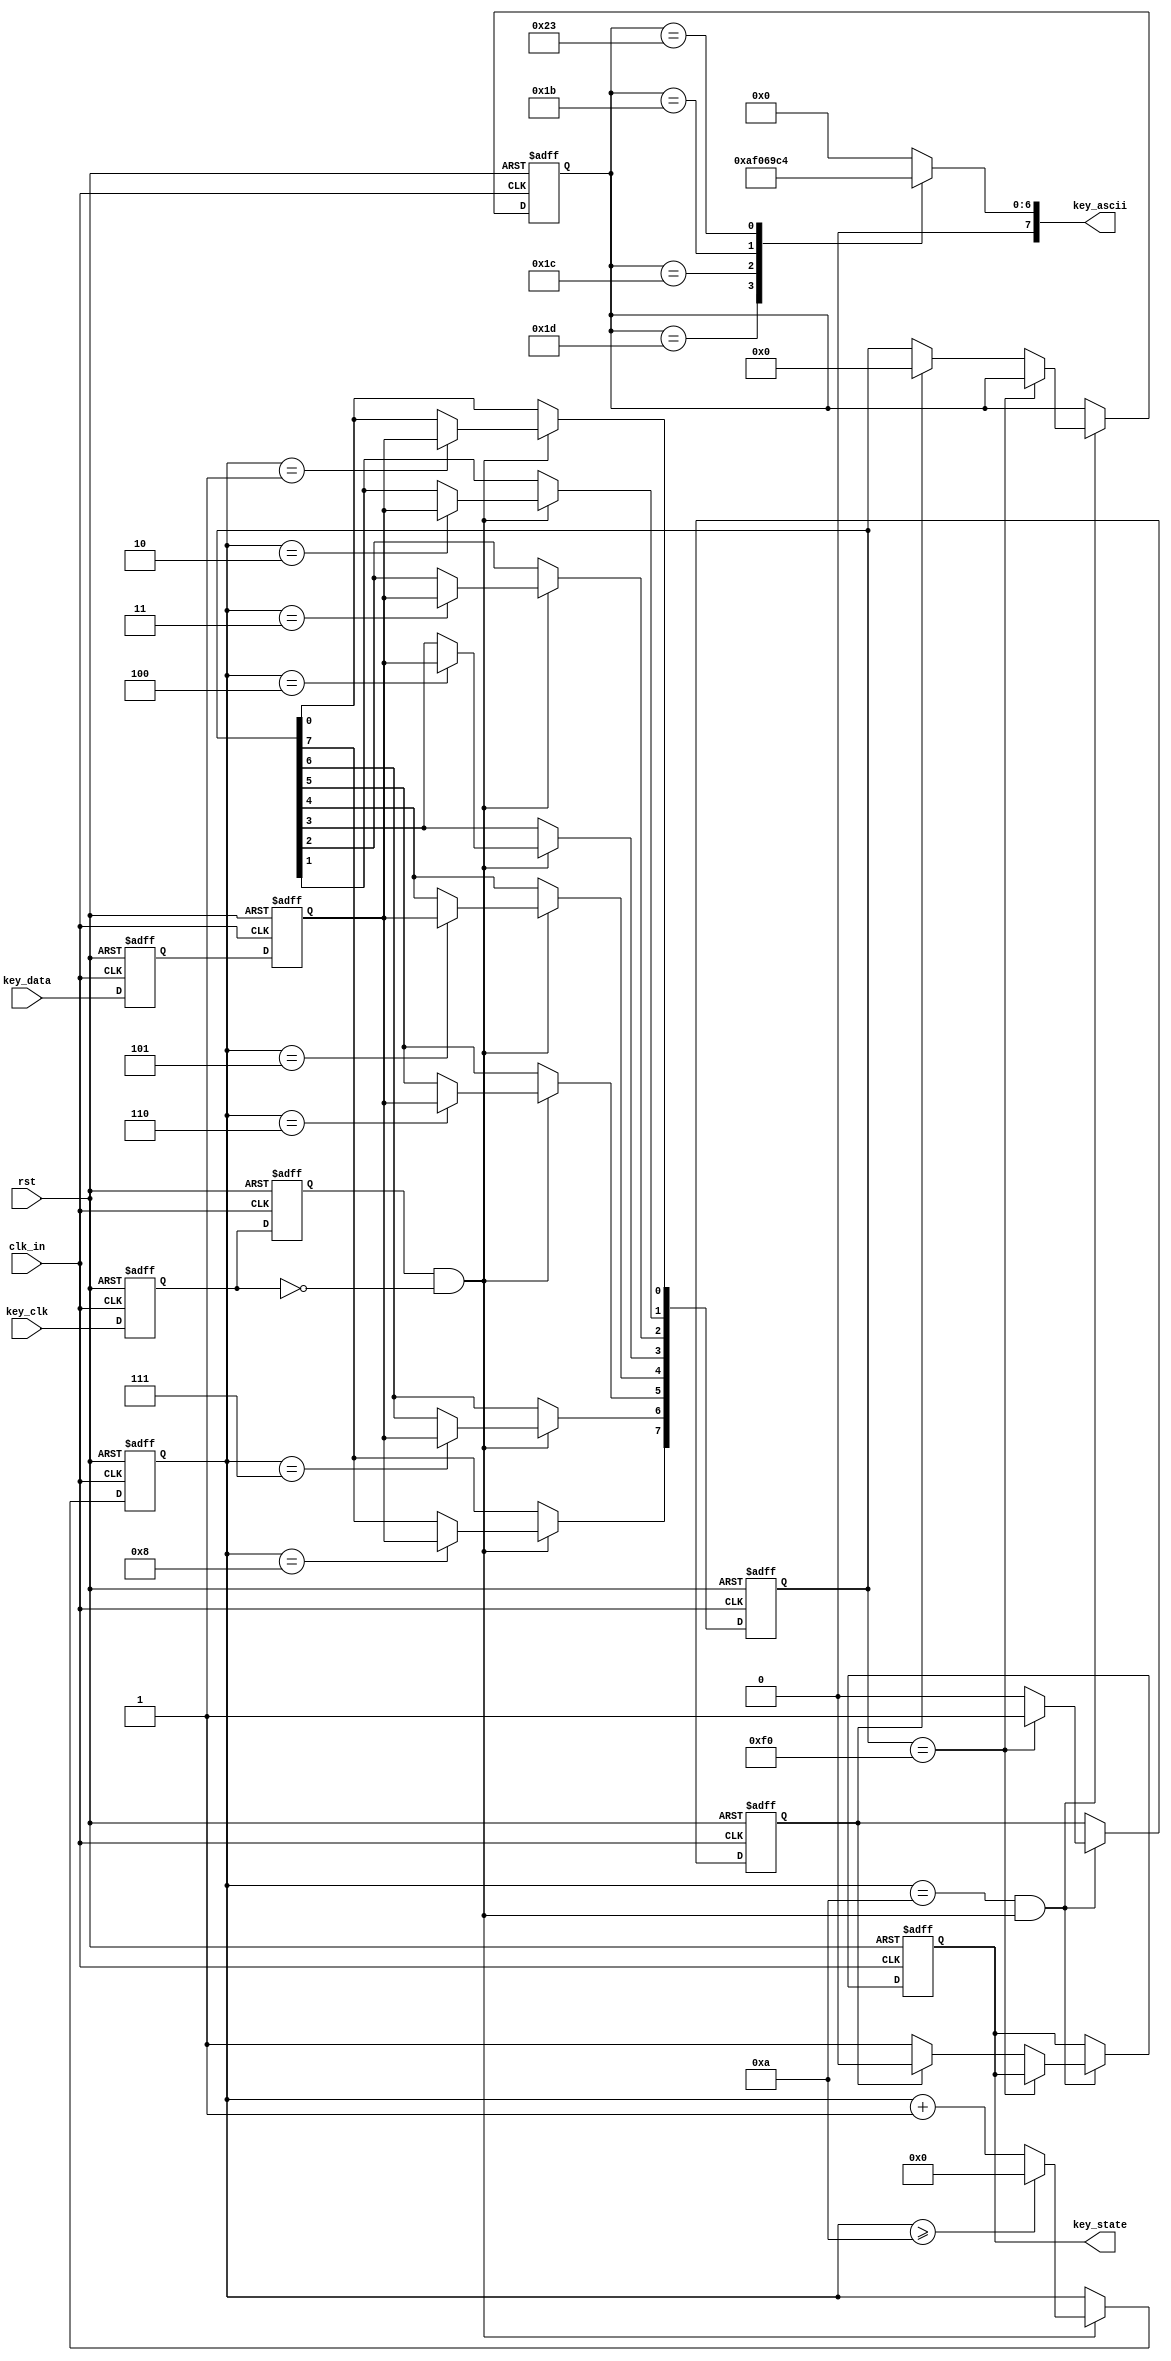
`timescale 1ns / 1ps
//////////////////////////////////////////////////////////////////////////////////
// Company: 
// Engineer: 
// 
// Design Name: 
// Module Name: Keyboard
// Project Name: 
// Target Devices: 
// Tool Versions: 
// Description: 
// 
// Dependencies: 
// 
// Revision:
// Revision 0.01 - File Created
// Additional Comments:
// 
//////////////////////////////////////////////////////////////////////////////////


module Keyboard//ASCII
(
    input					clk_in,				//
    input					rst,			    //
    input					key_clk,			//PS2
    input					key_data,			//PS2
    output	reg				key_state,			//10
    output	reg		[7:0]	key_ascii			//ASCII
);

reg		key_clk_r0 = 1'b1, key_clk_r1 = 1'b1; 
reg		key_data_r0 = 1'b1,key_data_r1 = 1'b1;
//
always @ (posedge clk_in or negedge rst) begin
	if(!rst) begin
		key_clk_r0 <= 1'b1;
		key_clk_r1 <= 1'b1;
		key_data_r0 <= 1'b1;
		key_data_r1 <= 1'b1;
	end else begin
		key_clk_r0 <= key_clk;
		key_clk_r1 <= key_clk_r0;
		key_data_r0 <= key_data;
		key_data_r1 <= key_data_r0;
	end
end
 
//
wire	key_clk_neg = key_clk_r1 & (~key_clk_r0); 
 
reg				[3:0]	cnt; 
reg				[7:0]	temp_data;
//
always @ (posedge clk_in or negedge rst) begin
	if(!rst) begin
		cnt <= 4'd0;
		temp_data <= 8'd0;
	end else if(key_clk_neg) begin 
		if(cnt >= 4'd10) cnt <= 4'd0;
		else cnt <= cnt + 1'b1;
		case (cnt)
			4'd0: ;	//
			4'd1: temp_data[0] <= key_data_r1;  //bit0
			4'd2: temp_data[1] <= key_data_r1;  //bit1
			4'd3: temp_data[2] <= key_data_r1;  //bit2
			4'd4: temp_data[3] <= key_data_r1;  //bit3
			4'd5: temp_data[4] <= key_data_r1;  //bit4
			4'd6: temp_data[5] <= key_data_r1;  //bit5
			4'd7: temp_data[6] <= key_data_r1;  //bit6
			4'd8: temp_data[7] <= key_data_r1;  //bit7
			4'd9: ;	//
			4'd10:;	//
			default: ;
		endcase
	end
end
 
reg						key_break = 1'b0;   
reg				[7:0]	key_byte = 1'b0;
//
always @ (posedge clk_in or negedge rst) begin 
	if(!rst) begin
		key_break <= 1'b0;
		key_state <= 1'b0;
		key_byte <= 1'b0;
	end else if(cnt==4'd10 && key_clk_neg) begin 
		if(temp_data == 8'hf0) key_break <= 1'b1;	//8'hf01
		else if(!key_break) begin 	//01
			key_state <= 1'b1;
			key_byte <= temp_data; 
		end else begin	//10
			key_state <= 1'b0;
			key_break <= 1'b0;
			key_byte<=0;
		end
	end
end
 
//ASCII
always @ (key_byte) begin
	case (key_byte)    //translate key_byte to key_ascii
            8'h1d: key_ascii = 8'h57;   //W
            8'h1c: key_ascii = 8'h41;   //A
            8'h1b: key_ascii = 8'h53;   //S
            8'h23: key_ascii = 8'h44;   //D
		default: key_ascii=8'h0;		//nothing
	endcase
end
 
endmodule